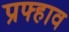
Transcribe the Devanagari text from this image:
प्रफ्हाव